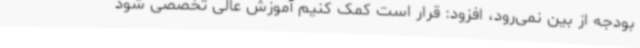
بودجه از بین نمی‌رود، افزود: قرار است کمک کنیم آموزش عالی تخصصی شود